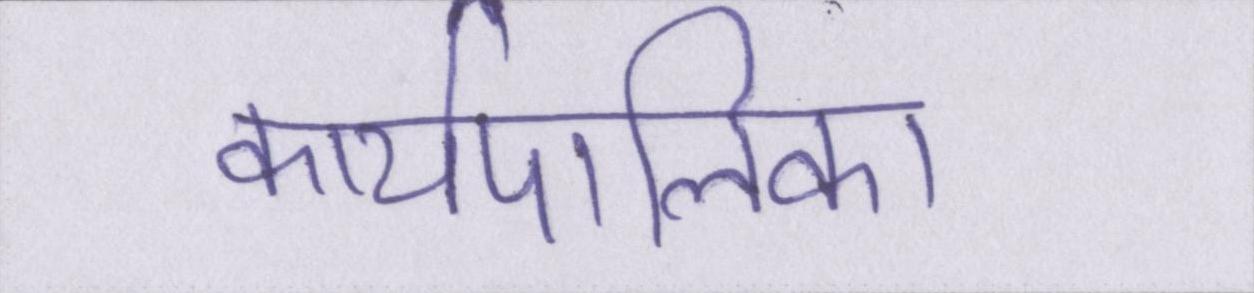
कार्यपालिका